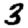
Digit: 3